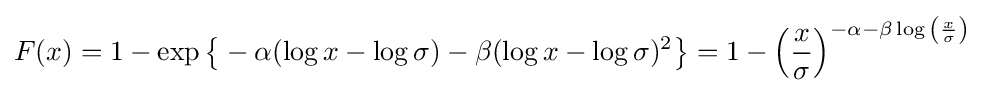
F(x)=1-\exp {\big \{}-\alpha (\log x-\log \sigma )-\beta (\log x-\log \sigma )^{2}{\big \}}=1-\left({\frac {x}{\sigma }}\right)^{-\alpha -\beta \log {\left({\frac {x}{\sigma }}\right)}}